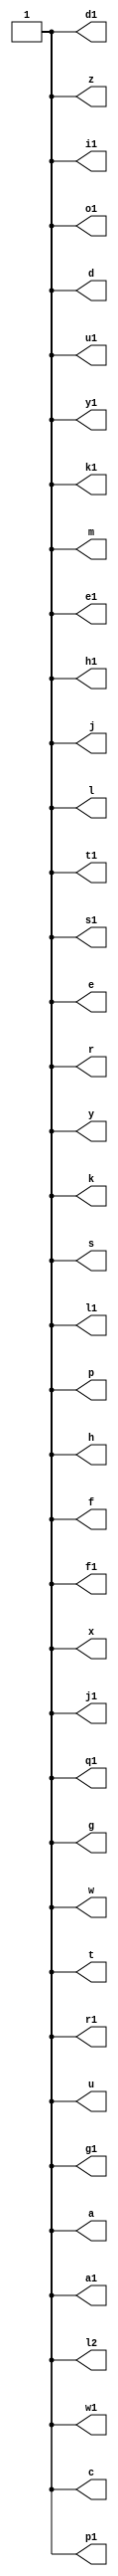
module check(output a,output c,output d,output e,output f,output g,output h,output j,output k,output l,output m,output p,output r,output s,output t,output u,output w,output x,output y,output z,output q1,output w1,output e1,output r1,output t1,output y1,output u1,output i1,output o1,output p1,output a1,output s1,output d1,output f1,output g1,output h1,output j1,output l2,output k1,output l1);
assign { a,c,d,e,f,g,h,j,k,l,m,p,r,s,t,u,w,x,y,z,q1,w1,e1,r1,t1,y1,u1,i1,o1,p1,a1,s1,d1,f1,g1,h1,j1,k1,l1,l2} = 46'b1111111111111111111111111111111111111111111111;
endmodule